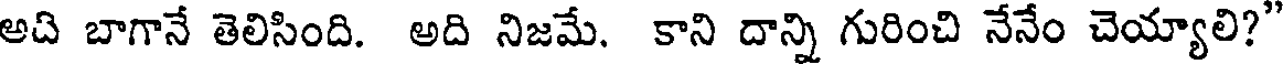
అది బాగానే తెలిసింది. అది నిజమే. కాని దాన్ని గురించి నేనేం చెయ్యాలి?"